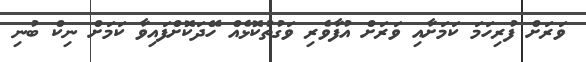
ވަރަށް ފުރިހަމަ ކަމަށާއި ވަރަށް އުފާވެރި ވަގުތުކޮޅެއް ހޭދަކޮށްފައިވާ ކަމަށް ނިކް ބުނި